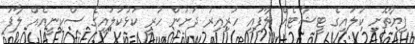
ފިޔާތޮށި ކުލައިގެ ޓީޝާޓެއް ލާފައި ހުރިއިރު ދަށުން ހުރީ ކަޅުކުލައިގެ ސްކިނީއެއް ލާފަ